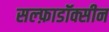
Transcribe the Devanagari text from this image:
सल्फ़ाडॉक्सीन